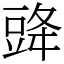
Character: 䜶